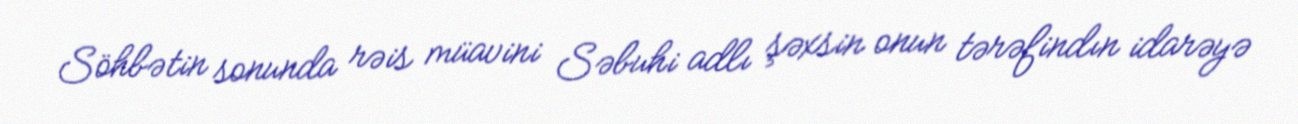
Söhbətin sonunda rəis müavini Səbuhi adlı şəxsin onun tərəfindın idarəyə